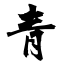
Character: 青